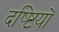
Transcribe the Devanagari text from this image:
दष्ष्टियों